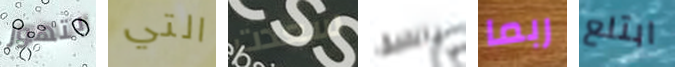
بتهور التي سعدت بالضيق ربما ابتلع